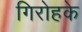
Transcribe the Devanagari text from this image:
गिरोहके